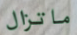
ماتزال